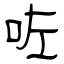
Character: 咗